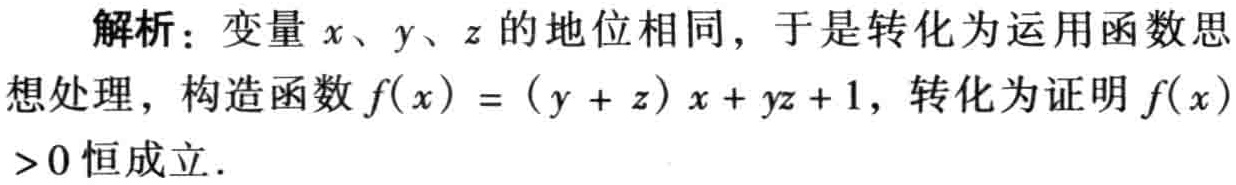
解析：变量\(x、y、z\)的地位相同，于是转化为运用函数思想处理，构造函数\(f(x) = (y + z)x + yz + 1\)，转化为证明\(f(x)>0\)恒成立。